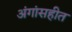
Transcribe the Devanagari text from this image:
अंगांसहीत